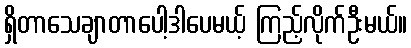
ရှိတာသေချာတာပေါ့ဒါပေမယ့် ကြည့်လိုက်ဦးမယ်။